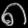
Digit: ၈